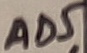
Text: AD5